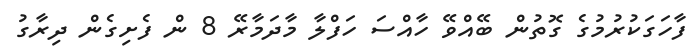
ފާހަގަކުރުމުގެ ގޮތުން ބޭއްވޭ ހާއްސަ ހަފްލާ މާދަމާރޭ 8 ން ފެށިގެން ދިރާގު